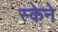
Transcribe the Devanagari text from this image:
स्केने